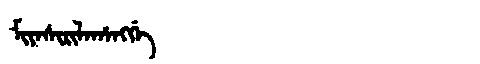
Manchu: ᠮᡳᠶᠠᠰᡳᡵᡳᠯᠠᡥᠠᠩᡤᡝ
Romanization: MIYASIRILAHANGGE